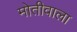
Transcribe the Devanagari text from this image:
मोतीवाला